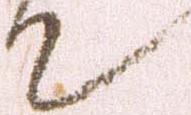
て